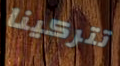
تتركينا